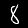
Label: 8